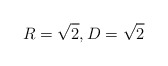
\begin{align*}R = \sqrt2, D = \sqrt2 \end{align*}